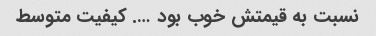
نسبت به قیمتش خوب بود …. کیفیت متوسط